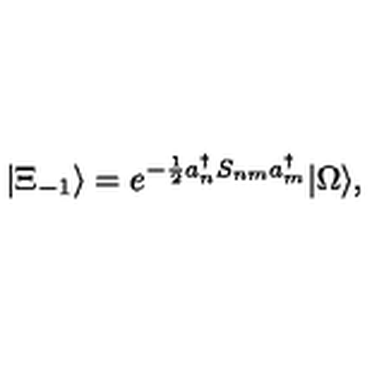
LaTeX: | \Xi _ { - 1 } \rangle = e ^ { - \frac { 1 } { 2 } a _ { n } ^ { \dagger } S _ { n m } a _ { m } ^ { \dagger } } | \Omega \rangle ,